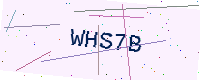
Text: WHS7B